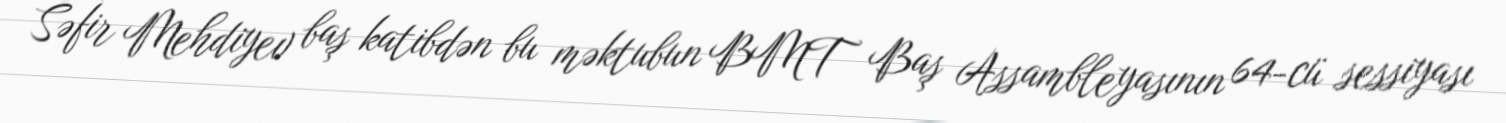
Səfir Mehdiyev baş katibdən bu məktubun BMT Baş Assambleyasının 64-cü sessiyası